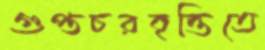
গুপ্তচরবৃত্তিতে